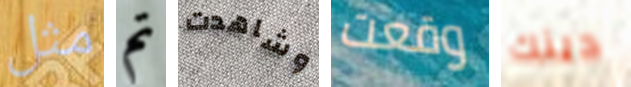
مثل تم وشاهدت وقعت دينك